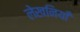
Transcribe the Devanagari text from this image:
लेखनियाँ